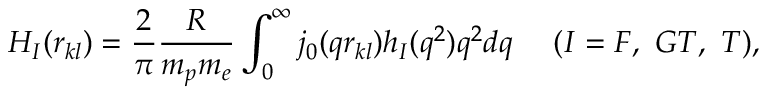
H _ { I } ( r _ { k l } ) = \frac { 2 } { \pi } \frac { R } { m _ { p } m _ { e } } \int _ { 0 } ^ { \infty } j _ { 0 } ( q r _ { k l } ) h _ { I } ( q ^ { 2 } ) q ^ { 2 } d q ~ ~ ~ ~ ( I = F , ~ G T , ~ T ) ,